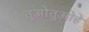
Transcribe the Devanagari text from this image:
तुओतुओहे